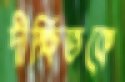
দীক্ষিতকে